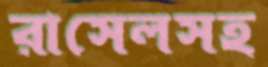
রাসেলসহ